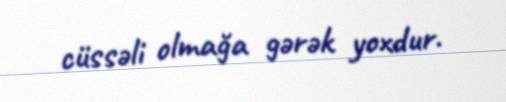
cüssəli olmağa gərək yoxdur.